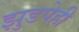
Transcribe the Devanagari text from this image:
झुडपेही